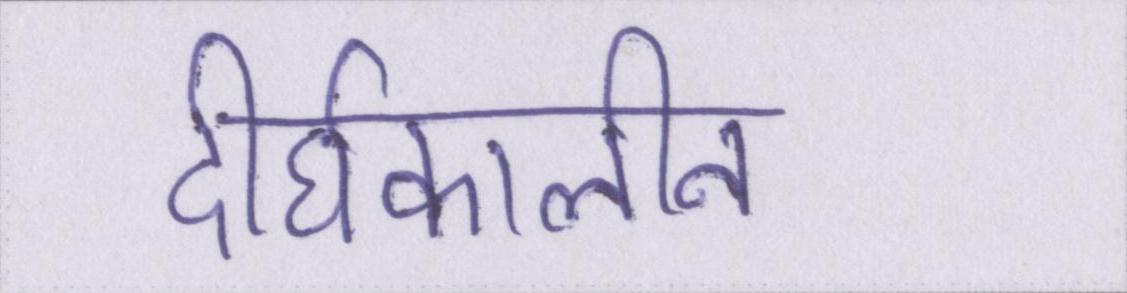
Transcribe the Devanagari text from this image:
दीर्घकालीन